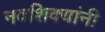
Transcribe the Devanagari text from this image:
नवशिक्यांनी